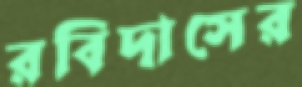
রবিদাসের